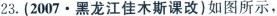
23. (2007 · 黑龙江佳木斯课改)如图所示，